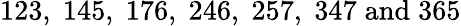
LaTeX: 123,\; 145,\; 176,\; 246,\; 257,\; 347\; \mathrm{and}\; 365